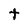
Character: t